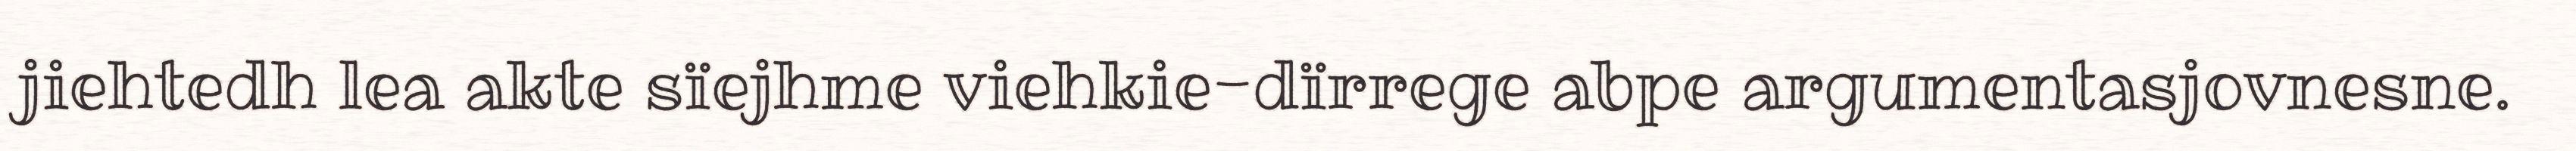
jiehtedh lea akte sïejhme viehkie-dïrrege abpe argumentasjovnesne.